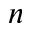
n